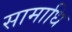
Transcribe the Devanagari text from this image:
सामाधि